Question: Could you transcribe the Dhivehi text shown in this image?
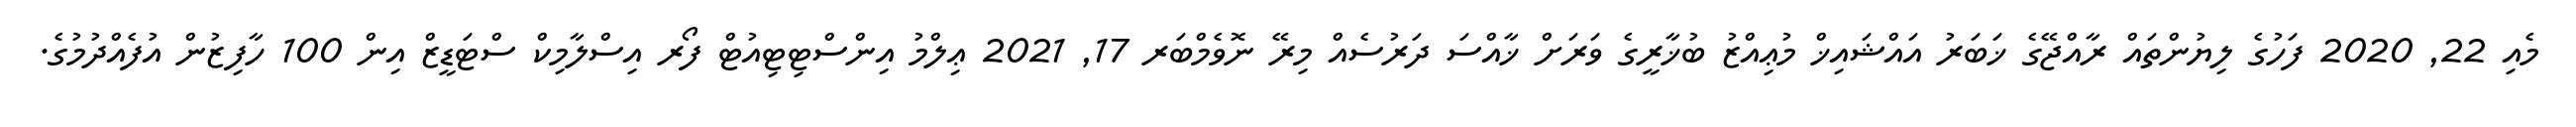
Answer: މެއި 22, 2020 ފަހުގެ ލިޔުންތައް ރާއްޖޭގެ ޚަބަރު އައްޝައިޚް މުޢިއްޒު ބުޚާރީގެ ވަރަށް ޚާއްސަ ދަރުސެއް މިރޭ ނޮވެމްބަރ 17, 2021 ޢިލްމު އިންސްޓިޓިއުޓް ފޯރ އިސްލާމިކް ސްޓަޑީޒް އިން 100 ހާފިޒުން އުފެއްދުމުގެ.